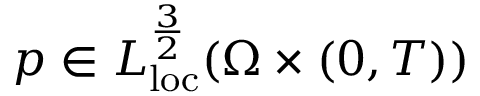
p \in L _ { \mathrm { l o c } } ^ { \frac { 3 } { 2 } } ( \Omega \times ( 0 , T ) )